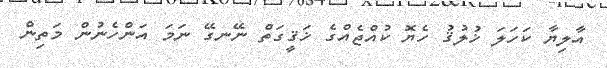
އާލިޔާ ކަހަލަ ޚުލުޤު ހެޔޮ ކުއްޖެއްގެ ޚަޤީގަތް ނޭނގޭ ނަމަ އަންހެނުން މަތިން